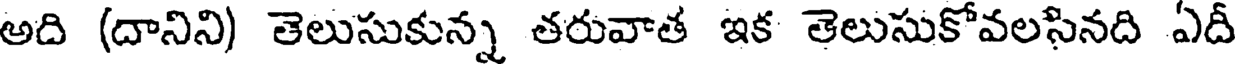
అది (దానిని) తెలుసుకున్న తరువాత ఇక తెలుసుకోవలసినది ఏదీ